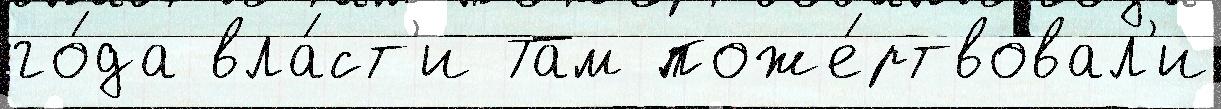
го́да вла́ст'и Там поже́ртвовал'и